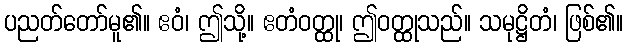
ပညတ်တော်မူ၏။ ဧဝံ၊ ဤသို့။ ဧတံဝတ္ထု၊ ဤဝတ္ထုသည်။ သမုဋ္ဌိတံ၊ ဖြစ်၏။